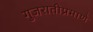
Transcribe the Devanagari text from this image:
गुजरातीप्रमाणे